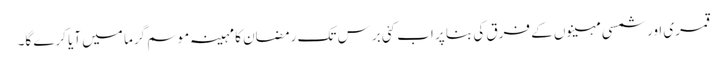
قمری اور شمسی مہینوں کے فرق کی بنا پر اب کئی برس تک رمضان کا مہینہ موسم گرما میں آیا کرے گا۔